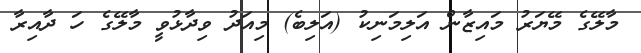
މާލޭގެ މޭޔަރު މައިޒާން އަލިމަނިކު (އަލިބެ) މިއަދު ވިދާޅުވީ މާލޭގެ ހަ ދާއިރާ